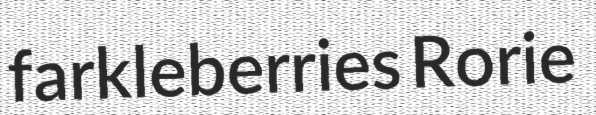
farkleberries Rorie